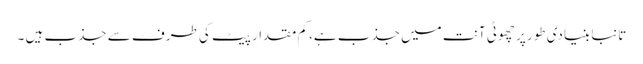
تانبا بنیادی طور پر چھوٹی آنت میں جذب ہے، کم مقدار پیٹ کی طرف سے جذب ہیں ۔